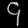
Digit: ၄